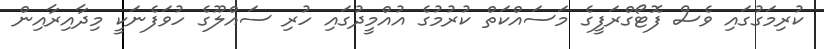
ކުރިމަގުގައި ވެސް ފޮޓޯގްރަފީގެ މަަަސައްކަތް ކުރުމުގެ އުއްމީދުގައި ހުރި ސައްލޫގެ ހުވަފެނަކީ މިދާއިރާއިން